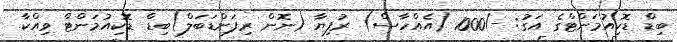
ބިޑް ޑޮކިއުމަންޓްގެ އަގު: -/1000 (އެއްހާސް) ރުފިޔާ (ނޮން ރިފަންޑަބަލް)ބިޑް ޑޮކިއުމަންޓް ވިއްކާ